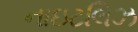
નાઇટલિઝ